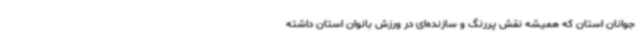
جوانان استان که همیشه نقش پررنگ و سازنده‌ای در ورزش بانوان استان داشته